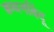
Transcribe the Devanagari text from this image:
क्वथनबिंदू